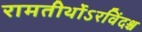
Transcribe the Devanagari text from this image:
रामतीर्थोऽरविंदश्च